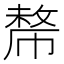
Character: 𢄡